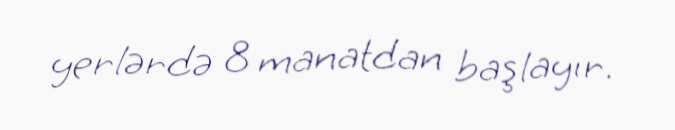
yerlərdə 8 manatdan başlayır.